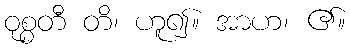
ဝုစ္စတီ တိ၊ ဟူ၍။ အာဟ၊ ၏။